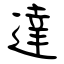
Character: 達